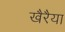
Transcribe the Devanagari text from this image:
खैरैया